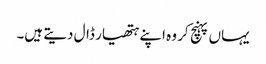
یہاں پہنچ کر وہ اپنے ہتھیار ڈال دیتے ہیں۔